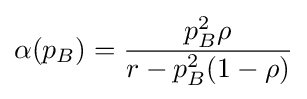
\alpha (p_{B})={\frac {p_{B}^{2}\rho }{r-p_{B}^{2}(1-\rho )}}